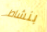
بنشاط